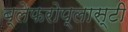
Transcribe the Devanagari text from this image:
ब्लेफरोप्लास्टी